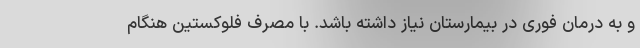
و به درمان فوری در بیمارستان نیاز داشته باشد. با مصرف فلوکستین هنگام